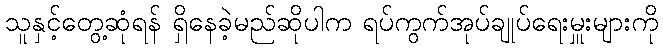
သူနှင့်တွေ့ဆုံရန် ရှိနေခဲ့မည်ဆိုပါက ရပ်ကွက်အုပ်ချုပ်ရေးမှူးများကို